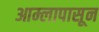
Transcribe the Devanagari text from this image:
आम्लापासून